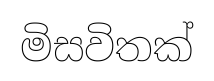
මිසවිතක්